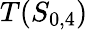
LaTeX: T(S_{0,4})